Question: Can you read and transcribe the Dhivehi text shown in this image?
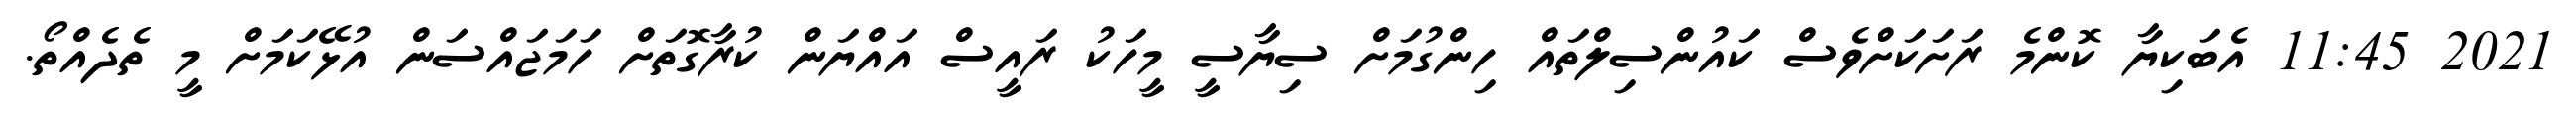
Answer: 2021 11:45 އެބަކިޔާ ކޮންމެ ރަށަކަށްވެސް ކައުންސިލްތައް ހިންގުމަށް ސިޔާސީ މީހަކު ރައީސް އައްޔަން ކުރާގޮތަށް ހަމަޖައްސަން އުޅޭކަމަށް މީ ތެދެއްތޯ.